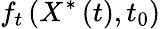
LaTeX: f_{t}\left(X^{\ast}\left(t\right),t_{0}\right)